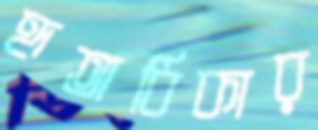
হৃতাধিকার